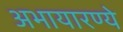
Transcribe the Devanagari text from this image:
अभायारण्ये